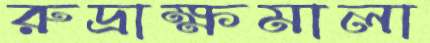
রুদ্রাক্ষমালা